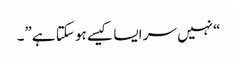
“نہیں سر ایسا کیسے ہو سکتا ہے”۔